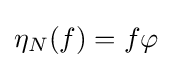
\eta _{N}(f)=f\varphi